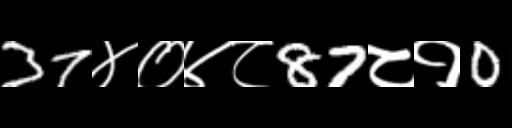
Text: 37४०४८87८१0